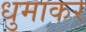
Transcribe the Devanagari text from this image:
धुमाकर